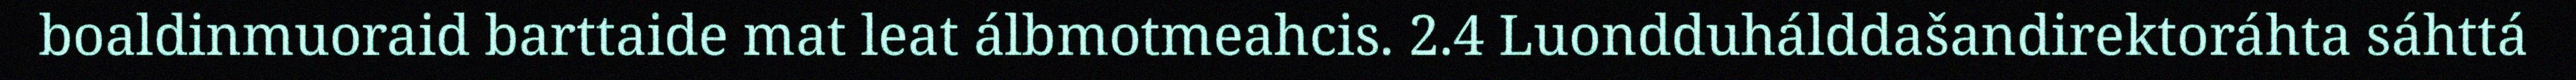
boaldinmuoraid barttaide mat leat álbmotmeahcis. 2.4 Luondduhálddašandirektoráhta sáhttá